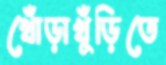
খোঁড়াখুঁড়িতে